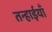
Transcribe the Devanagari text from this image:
तन्हाईयाँ